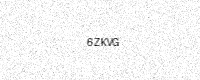
Text: 6ZKVG